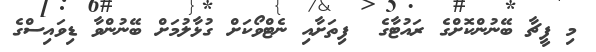
މި ފީޗާ ބޭނުންކޮށްގެ ރައުޓާގެ  ފިތަށާއި ނެޓްވޯކަށް ގުޅާލުމަށް ބޭނުންވާ ޑިވައިސްގެ